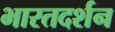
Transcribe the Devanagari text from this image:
भारतदर्शन